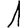
Digit: 1